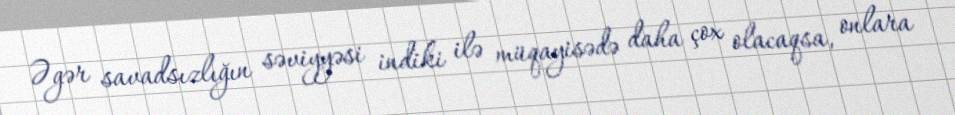
Əgər savadsızlığın səviyyəsi indiki ilə müqayisədə daha çox olacaqsa, onlara